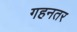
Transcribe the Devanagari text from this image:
गहनतर